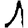
Digit: 1